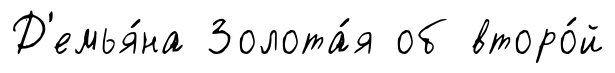
Д'емья́на Золота́я об второ́й